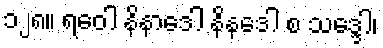
၁၂၈။ ရဝေါ နိနာဒေါ နိနဒေါ စ သဒ္ဒေါ၊